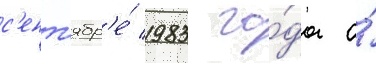
с'ент'ябр'е́ 1983 го́да о́